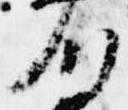
川